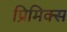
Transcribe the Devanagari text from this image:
प्रिमिक्स